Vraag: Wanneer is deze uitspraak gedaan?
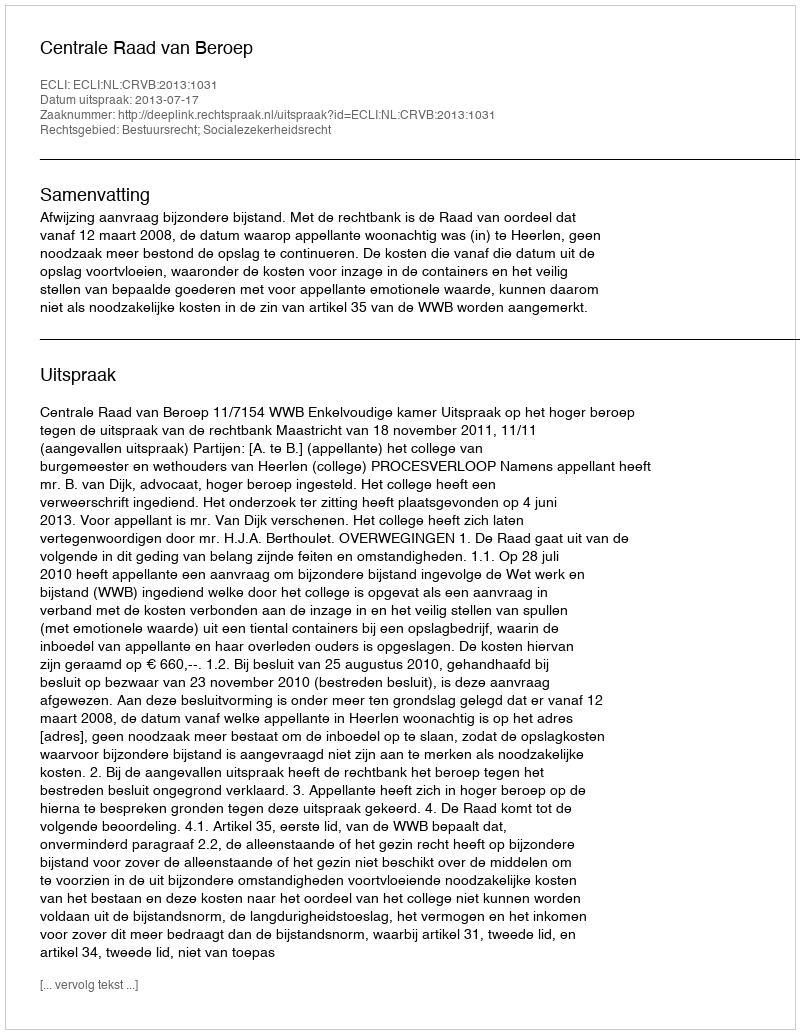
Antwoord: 2013-07-17